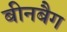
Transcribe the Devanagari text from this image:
बीनबैग